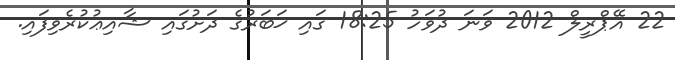
22 އޭޕްރީލް 2012 ވަނަ ދުވަހު 18:25 ގައި ޚަބަރުގެ ދަށުގައި ޝާއިޢުކުރެވިފައި.